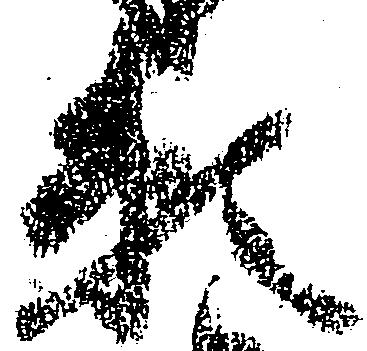
頼